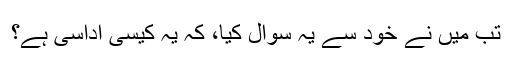
تب میں نے خود سے یہ سوال کیا، کہ یہ کیسی اداسی ہے؟